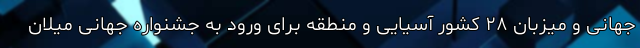
جهانی و میزبان ۲۸ کشور آسیایی و منطقه برای ورود به جشنواره جهانی میلان